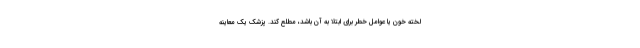
لخته خون یا عوامل خطر برای ابتلا به آن باشد، مطلع کند. پزشک یک معاینه